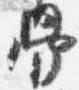
骨